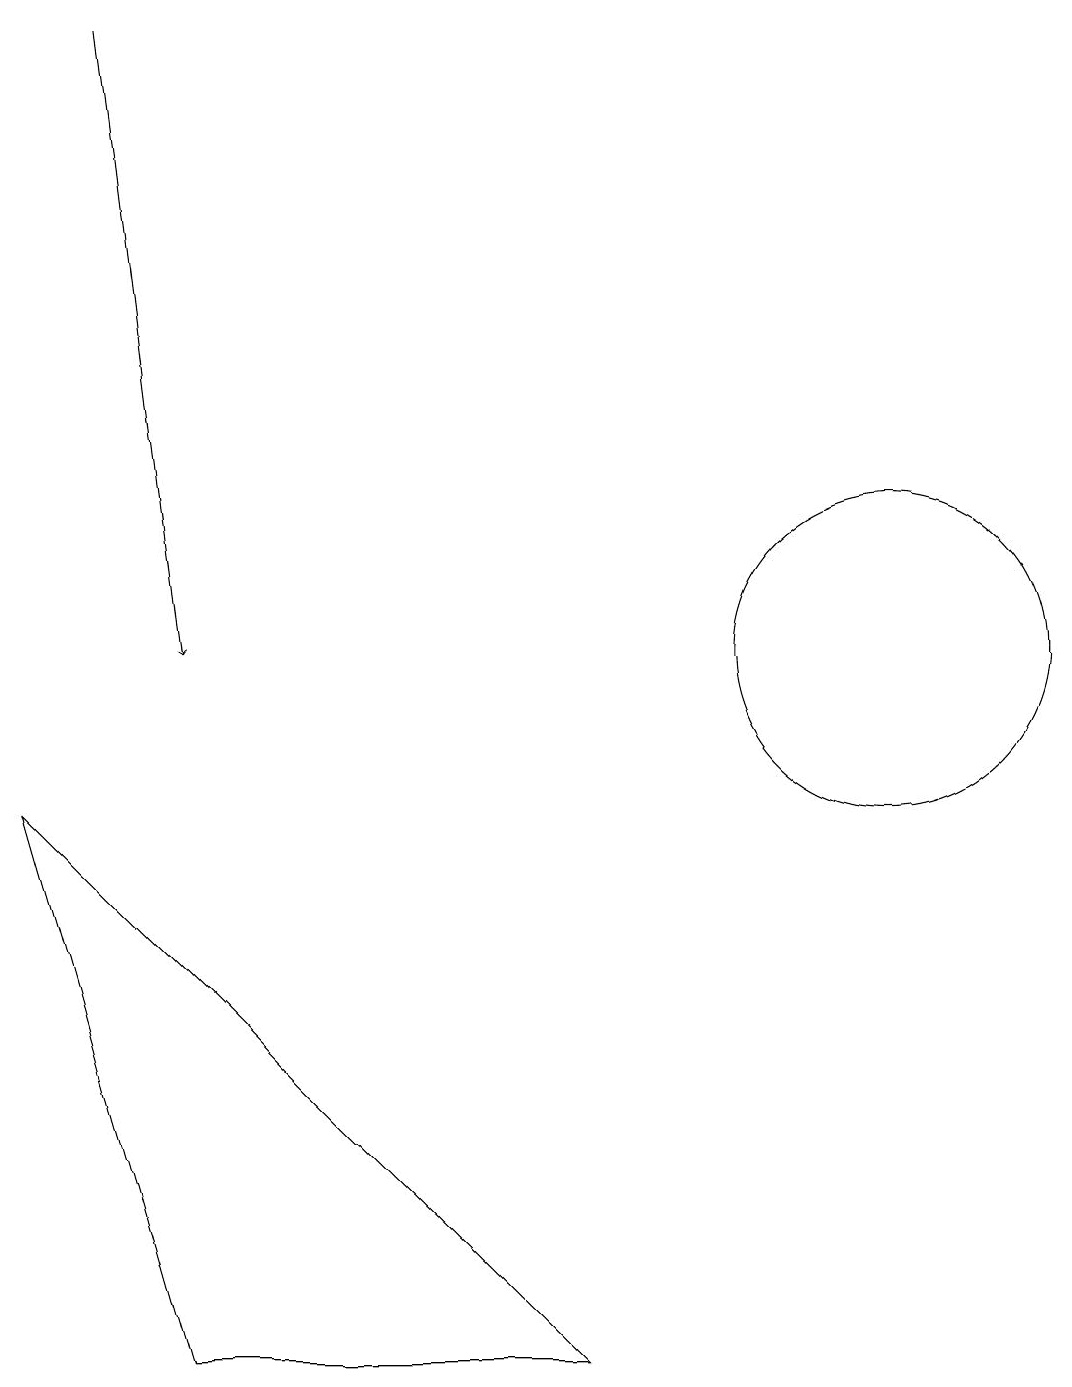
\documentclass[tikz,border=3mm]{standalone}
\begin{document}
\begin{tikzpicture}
\draw (11,10) circle (2);
\draw (2,1) -- (7,1) -- (0,8) -- cycle;
\draw[->] (1,18) -- (2,10);
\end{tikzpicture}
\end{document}